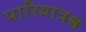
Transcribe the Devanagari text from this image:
पारियात्रश्च